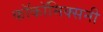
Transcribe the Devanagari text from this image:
काॅकॉमिक्सनी